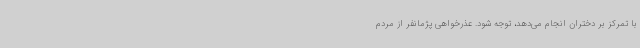
با تمرکز بر دختران انجام می‌دهد، توجه شود. عذرخواهی پژمانفر از مردم